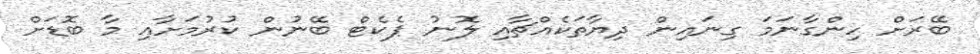
ބޭރަށް ހިންގާނަމަ ގިނައިން ދިޔާތަކެއްޗާއި ލޮނު ޕެކެޓް ބޭނުން ކުރުމަށާއި މާ ބޮޑަށް